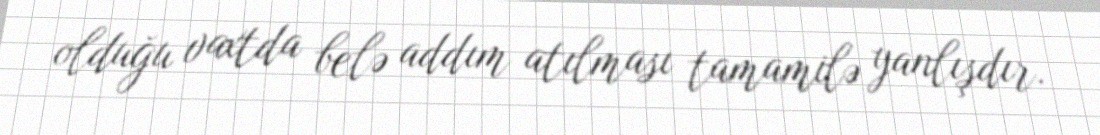
olduğu vaxtda belə addım atılması tamamilə yanlışdır.